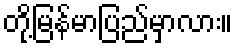
တို့မြန်မာပြည်မှာလား။